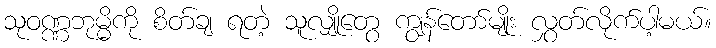
သုဝဏ္ဏဘုမ္မိကို စိတ်ချ ရတဲ့ သူလျှိုတွေ ကျွန်တော်မျိုး လွှတ်လိုက်ပါ့မယ်။